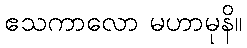
ဧသကာလော မဟာမုနိ။